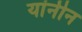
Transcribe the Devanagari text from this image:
यांनीन